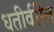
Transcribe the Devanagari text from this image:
धतीर्वरील